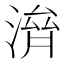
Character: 𣺴